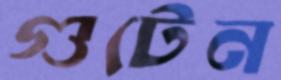
গুটেন